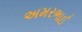
અમરભાઈ